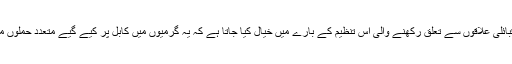
پاکستان کے قبائلی علاقوں سے تعلق رکھنے والی اِس تنظیم کے بارے میں خیال کیا جاتا ہے کہ یہ گرمیوں میں کابل پر کیے گیے متعدد حملوں میں ملوث ہے۔